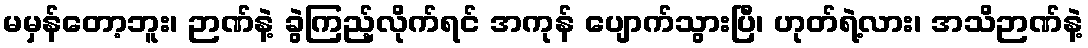
မမှန်တော့ဘူး၊ ဉာဏ်နဲ့ ခွဲကြည့်လိုက်ရင် အကုန် ပျောက်သွားပြီ၊ ဟုတ်ရဲ့လား၊ အသိဉာဏ်နဲ့